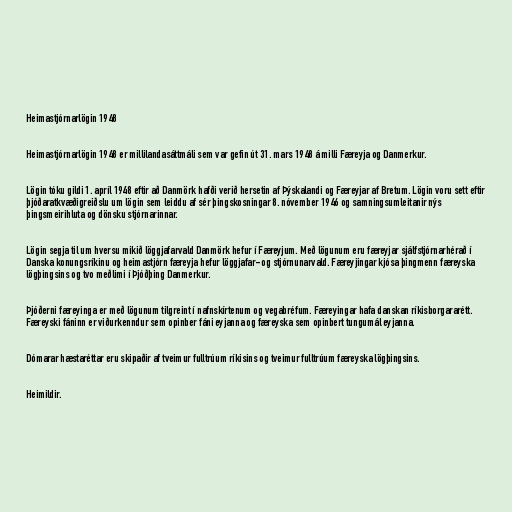
Heimastjórnarlögin 1948

Heimastjórnarlögin 1948 er millilandasáttmáli sem var gefin út 31. mars 1948 á milli Færeyja og Danmerkur.

Lögin tóku gildi 1. apríl 1948 eftir að Danmörk hafði verið hersetin af Þýskalandi og Færeyjar af Bretum. Lögin voru sett eftir
þjóðaratkvæðigreiðslu um lögin sem leiddu af sér þingskosningar 8. nóvember 1946 og samningsumleitanir nýs
þingsmeirihluta og dönsku stjórnarinnar.

Lögin segja til um hversu mikið löggjafarvald Danmörk hefur í Færeyjum. Með lögunum eru færeyjar sjálfstjórnarhérað í
Danska konungsríkinu og heimastjórn færeyja hefur löggjafar- og stjórnunarvald. Færeyjingar kjósa þingmenn færeyska
lögþingsins og tvo meðlimi í Þjóðþing Danmerkur.

Þjóðerni færeyinga er með lögunum tilgreint í nafnskírtenum og vegabréfum. Færeyingar hafa danskan ríkisborgararétt.
Færeyski fáninn er viðurkenndur sem opinber fáni eyjanna og færeyska sem opinbert tungumál eyjanna.

Dómarar hæstaréttar eru skipaðir af tveimur fulltrúum ríkisins og tveimur fulltrúum færeyska lögþingsins.

Heimildir.